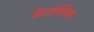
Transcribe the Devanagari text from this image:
डेलग्लिश